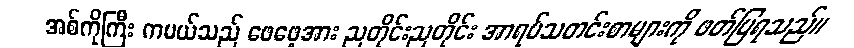
အစ်ကိုကြီး ကမယ်သည် ဖေဖေ့အား ညတိုင်းညတိုင်း အာရပ်သတင်းစာများကို ဖတ်ပြရသည်။